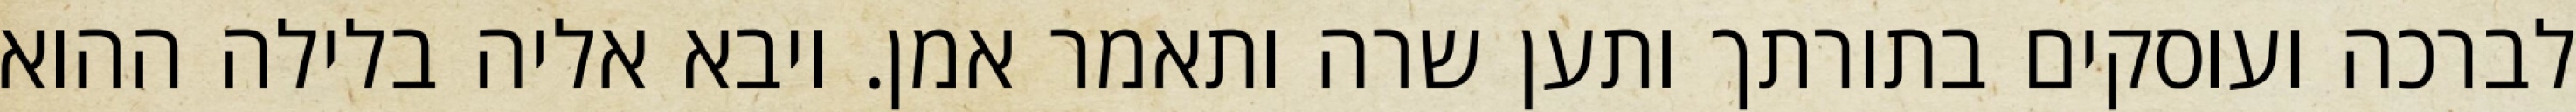
לברכה ועוסקים בתורתך ותען שרה ותאמר אמן. ויבא אליה בלילה ההוא